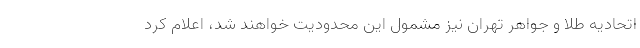
اتحادیه طلا و جواهر تهران نیز مشمول این محدودیت خواهند شد، اعلام کرد